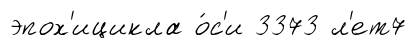
эпох'ицикла о́с'и 3373 л'ет7